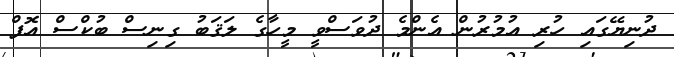
ދުނިޔޭގައި ހުރި އުމުރުން އެންމެ ދުވަސްވީ މީހާގެ ލަޤަބު ގިނިސް ބުކްސް އޮފް